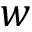
w